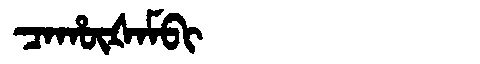
Manchu: ᠴᠠᡥᡡᡧᠠᠮᠪᡳ
Romanization: CAHŪŠAMBI